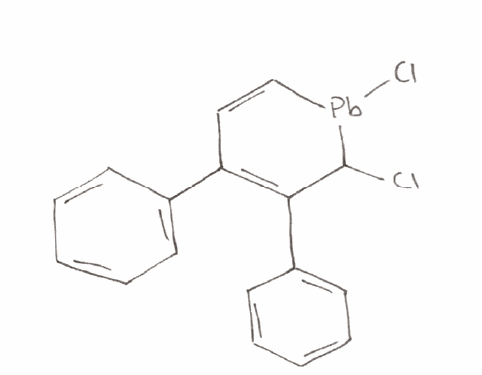
Simplified molecular-input line-entry system (SMILES) notation of the given molecule:
C1=CC=C(C=C1)C2=C(C(=[Pb](C=C2)Cl)Cl)C3=CC=CC=C3